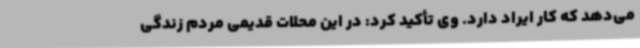
می‌دهد که کار ایراد دارد. وی تأکید کرد: در این محلات قدیمی مردم زندگی